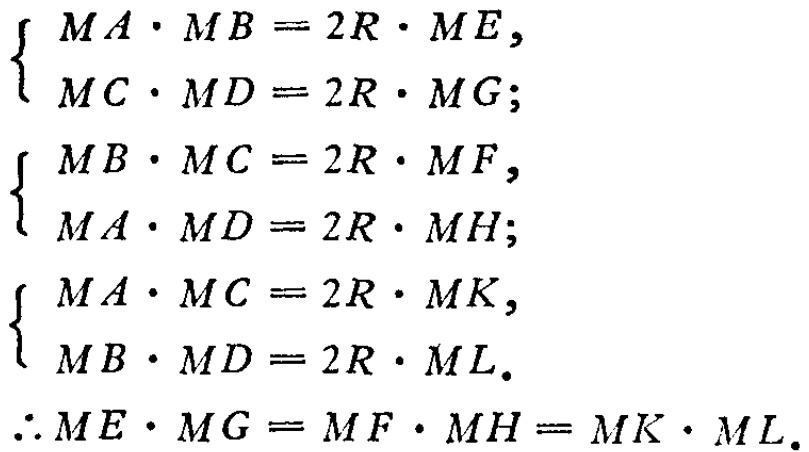
\[
\begin{cases}
MA\cdot MB = 2R\cdot ME,\\
MC\cdot MD = 2R\cdot MG;
\end{cases}
\]
\[
\begin{cases}
MB\cdot MC = 2R\cdot MF,\\
MA\cdot MD = 2R\cdot MH;
\end{cases}
\]
\[
\begin{cases}
MA\cdot MC = 2R\cdot MK,\\
MB\cdot MD = 2R\cdot ML.
\end{cases}
\]
\[\therefore ME\cdot MG = MF\cdot MH = MK\cdot ML.\]